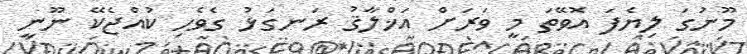
މޫނުގަ ލިޔެފަ އޮވޭތަ މީ ވަރަށް އަޚްލާޤު ރަނގަޅު ގެވެހި ކުއްޖެކޭ ނޫނީ